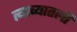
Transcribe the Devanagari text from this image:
त्याच्यातली